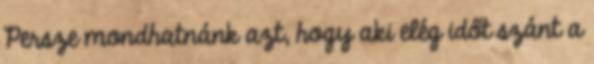
Persze mondhatnánk azt, hogy aki elég időt szánt a